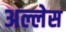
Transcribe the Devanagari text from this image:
अल्लेस